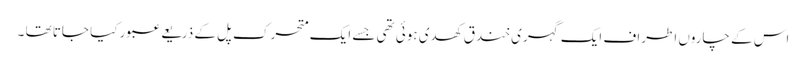
اس کے چاروں اطراف ایک گہری خندق کھدی ہوئی تھی جسے ایک متحرک پل کے ذریعے عبور کیا جاتا تھا ۔